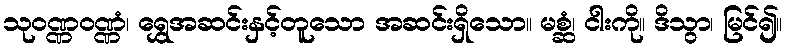
သုဝဏ္ဏဝဏ္ဏံ၊ ရွှေအဆင်းနှင့်တူသော အဆင်းရှိသော။ မစ္ဆံ၊ ငါးကို။ ဒိသွာ၊ မြင်၍။